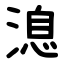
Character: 㴧